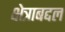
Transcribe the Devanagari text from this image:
क्षेत्राबद्दल